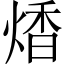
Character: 𤋭